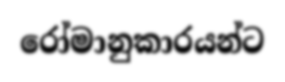
රෝමානුකාරයන්ට